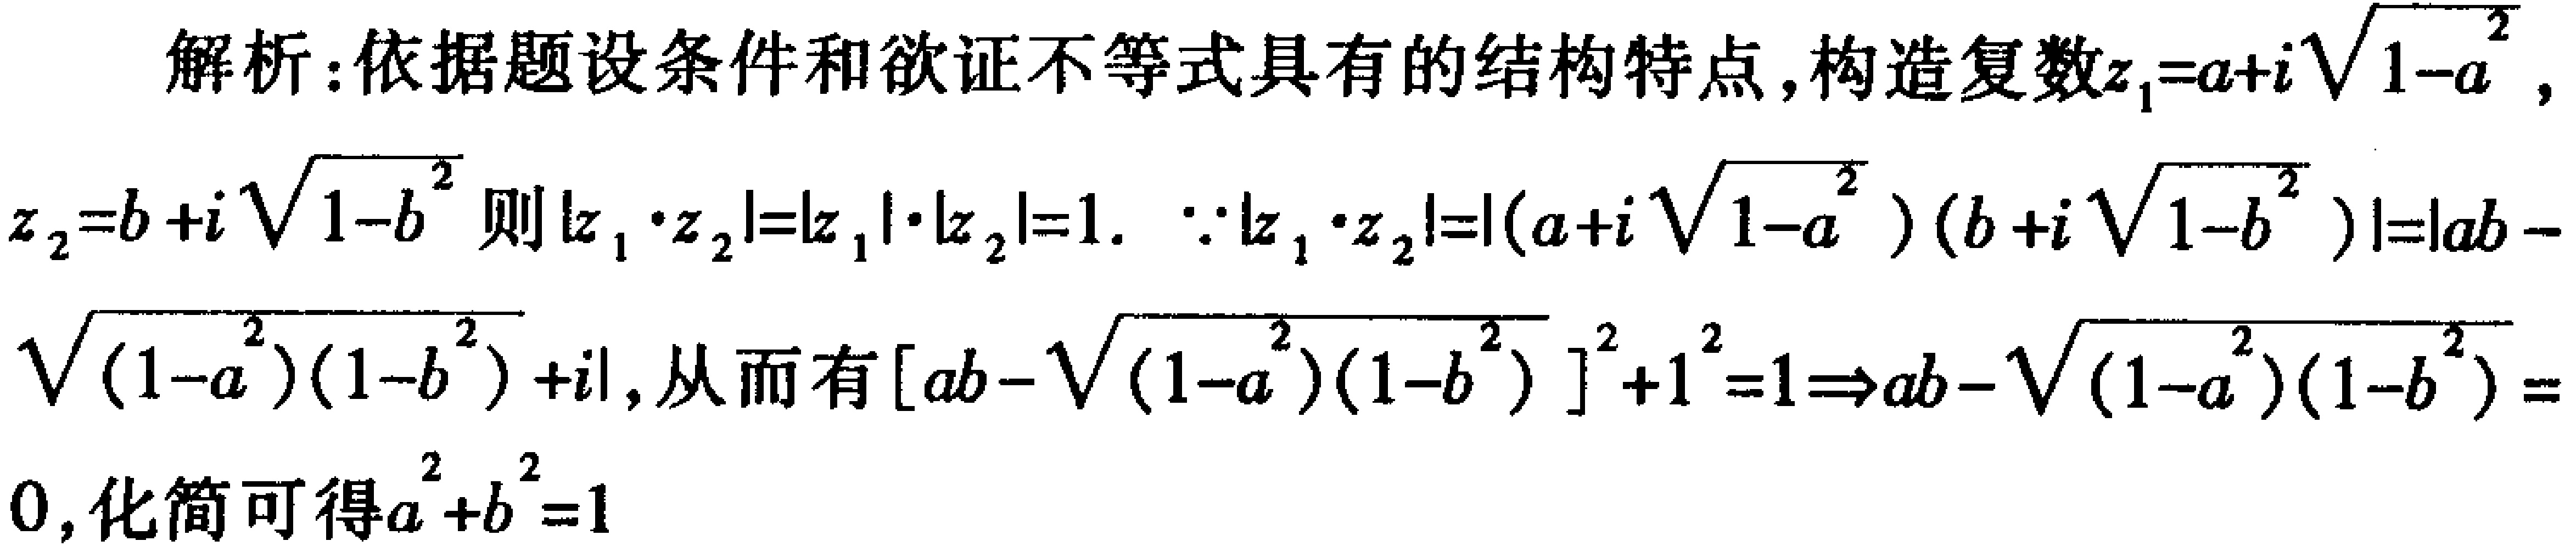
解析：依据题设条件和欲证不等式具有的结构特点，构造复数\(z_1 = a + i\sqrt{1 - a^{2}}\)，
\(z_2 = b + i\sqrt{1 - b^{2}}\)则\(\vert z_1\cdot z_2\vert=\vert z_1\vert\cdot\vert z_2\vert = 1\). \(\because\vert z_1\cdot z_2\vert=\vert(a + i\sqrt{1 - a^{2}})(b + i\sqrt{1 - b^{2}})\vert=\vert ab - \)
\(\sqrt{(1 - a^{2})(1 - b^{2})}+i\vert\)，从而有\([ab - \sqrt{(1 - a^{2})(1 - b^{2})}]^{2}+1^{2}=1\Rightarrow ab - \sqrt{(1 - a^{2})(1 - b^{2})}=\)
\(0\)，化简可得\(a^{2}+b^{2}=1\)